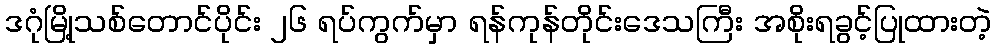
ဒဂုံမြို့သစ်တောင်ပိုင်း ၂၆ ရပ်ကွက်မှာ ရန်ကုန်တိုင်းဒေသကြီး အစိုးရခွင့်ပြုထားတဲ့